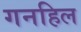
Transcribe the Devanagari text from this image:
गनहिल